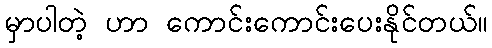
မှာပါတဲ့ ဟာ ကောင်းကောင်းပေးနိုင်တယ်။